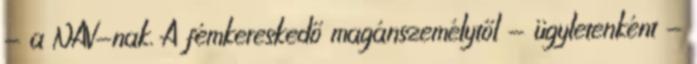
- a NAV-nak. A fémkereskedő magánszemélytől - ügyletenként -